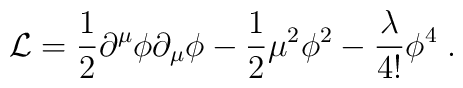
{\cal L} = {1 \over 2} \partial^\mu \phi \partial_\mu \phi - {1 \over2} \mu^2 \phi^2 - {\lambda \over 4!} \phi^4 \;.